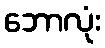
ဘောလုံး